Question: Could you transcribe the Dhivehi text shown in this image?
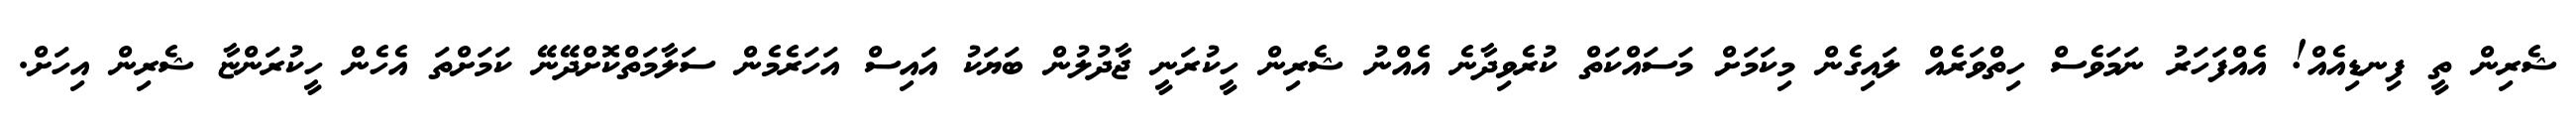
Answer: ޝެރިން ތީ ފިނޑިއެއް! އެއްފަހަރު ނަމަވެސް ހިތްވަރެއް ލައިގެން މިކަމަށް މަސައްކަތް ކުރެވިދާނެ އެއްނު ޝެރިން ހީކުރަނީ ޖާދުލުން ބަޔަކު އައިސް އަހަރެމެން ސަލާމަތްކޮށްދޭނޭ ކަމަށްތަ އެހެން ހީކުރަންޏާ ޝެރިން އިހަށް.